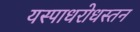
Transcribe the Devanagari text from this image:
यस्पाधरोधस्तन